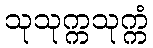
သုသုက္ကသုက္ကံ